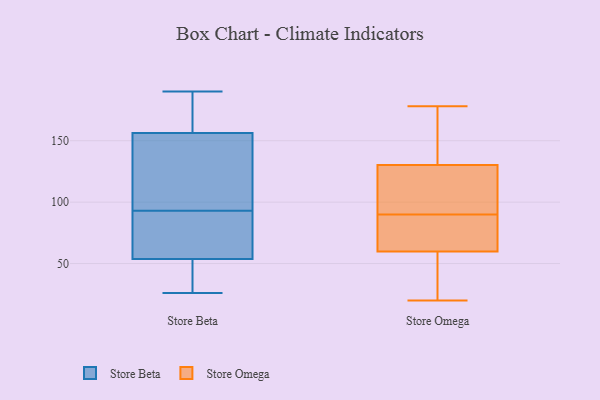
{"axis": {"x": "Inventory Turnover", "y": "Value"}, "legend": ["Store Beta", "Store Omega"], "data": [{"x": "", "y": 56, "type": "Store Beta"}, {"x": "", "y": 93, "type": "Store Beta"}, {"x": "", "y": 173, "type": "Store Beta"}, {"x": "", "y": 100, "type": "Store Beta"}, {"x": "", "y": 121, "type": "Store Beta"}, {"x": "", "y": 28, "type": "Store Beta"}, {"x": "", "y": 26, "type": "Store Beta"}, {"x": "", "y": 57, "type": "Store Beta"}, {"x": "", "y": 32, "type": "Store Beta"}, {"x": "", "y": 69, "type": "Store Beta"}, {"x": "", "y": 190, "type": "Store Beta"}, {"x": "", "y": 53, "type": "Store Beta"}, {"x": "", "y": 168, "type": "Store Beta"}, {"x": "", "y": 173, "type": "Store Beta"}, {"x": "", "y": 120, "type": "Store Beta"}, {"x": "", "y": 101, "type": "Store Omega"}, {"x": "", "y": 59, "type": "Store Omega"}, {"x": "", "y": 35, "type": "Store Omega"}, {"x": "", "y": 163, "type": "Store Omega"}, {"x": "", "y": 100, "type": "Store Omega"}, {"x": "", "y": 99, "type": "Store Omega"}, {"x": "", "y": 178, "type": "Store Omega"}, {"x": "", "y": 67, "type": "Store Omega"}, {"x": "", "y": 175, "type": "Store Omega"}, {"x": "", "y": 71, "type": "Store Omega"}, {"x": "", "y": 125, "type": "Store Omega"}, {"x": "", "y": 20, "type": "Store Omega"}, {"x": "", "y": 146, "type": "Store Omega"}, {"x": "", "y": 22, "type": "Store Omega"}, {"x": "", "y": 90, "type": "Store Omega"}, {"x": "", "y": 60, "type": "Store Omega"}, {"x": "", "y": 68, "type": "Store Omega"}]}